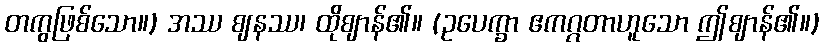
တကွဖြစ်သော။) အဿ ဈနဿ၊ ထိုဈာန်၏။ (ဥပေက္ခာ ဧကဂ္ဂတာဟူသော ဤဈာန်၏။)